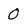
Character: 0